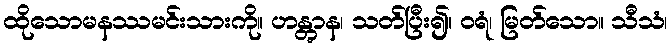
ထိုသောမနဿမင်းသားကို။ ဟန္တွာန၊ သတ်ပြီး၍။ ဝရံ၊ မြတ်သော။ သီသံ၊